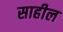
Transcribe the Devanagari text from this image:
साहील